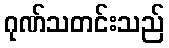
ဂုဏ်သတင်းသည်